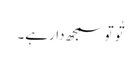
تُو تو سمجھ دارہے۔